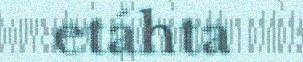
etáhta